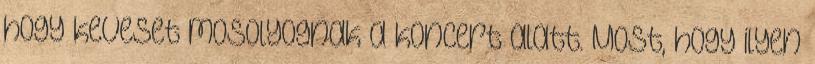
hogy keveset mosolyognak a koncert alatt. Most, hogy ilyen